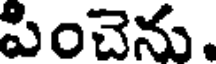
పించెను.